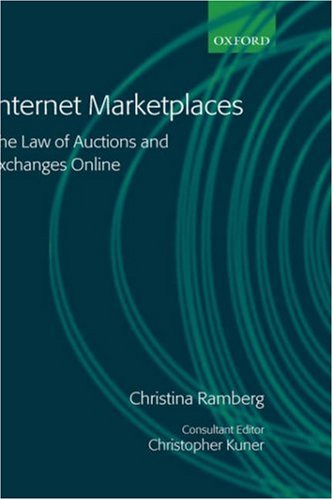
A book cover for Internet Marketplaces: The Law of Auctions and Exchanges Online; Christina Ramberg; Law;